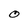
Character: O